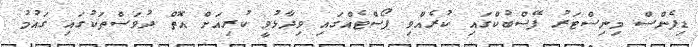
ޑިފެންސް މިނިސްޓަރު ފޭސްބުކްގައި ކުރެއްވި ޕޯސްޓެއްގައި ވިދާޅުވީ ކުރިއަށް އޮތް ދުވަސްތަކުގައި ގައުމު